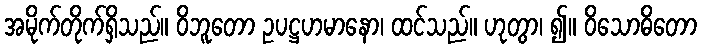
အမိုက်တိုက်ရှိသည်။ ဝိဘူတော ဥပဋ္ဌဟမာနော၊ ထင်သည်။ ဟုတွာ၊ ၍။ ဝိသောဓိတော